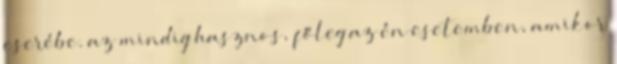
cserébe. az mindig hasznos, főleg az én esetemben, amikor